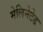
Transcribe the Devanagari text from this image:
मेलिनेटेड